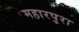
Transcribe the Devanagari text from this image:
महारपुरा